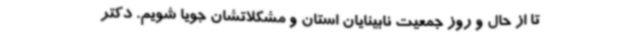
تا از حال و روز جمعیت نابینایان استان و مشکلاتشان جویا شویم. دکتر